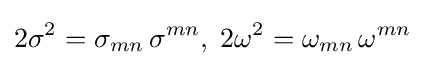
2\sigma ^{2}=\sigma _{mn}\,\sigma ^{mn},\;2\omega ^{2}=\omega _{mn}\,\omega ^{mn}